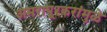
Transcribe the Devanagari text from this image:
अमरापूूरकरांमुळे